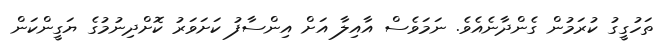
ތަހުގީގު ކުރަމުން ގެންދާނެއެވެ. ނަމަވެސް އާއިލާ އަށް އިންސާފު ކަށަވަރު ކޮށްދިނުމުގެ ޔަގީންކަން